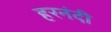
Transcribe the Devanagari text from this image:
हरनंदी